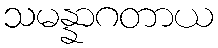
သမန္နာဂတာယ